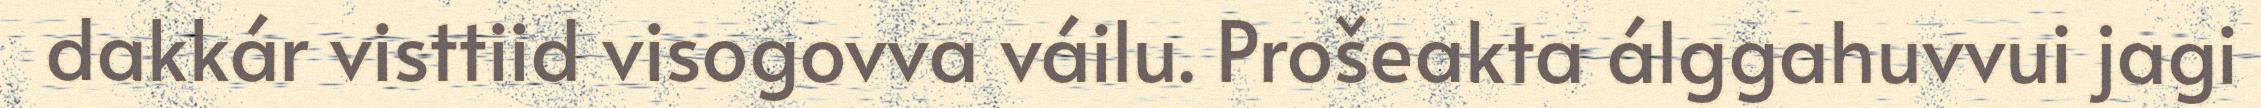
dakkár visttiid visogovva váilu. Prošeakta álggahuvvui jagi